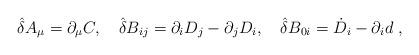
LaTeX: \begin{align*}{\hat \delta}A_{\mu}=\partial_{\mu}C,\quad {\hat \delta}B_{ij}=\partial_iD_j-\partial_jD_i,\quad {\hat \delta}B_{0i}={\dot D}_i-\partial_id \;,\end{align*}